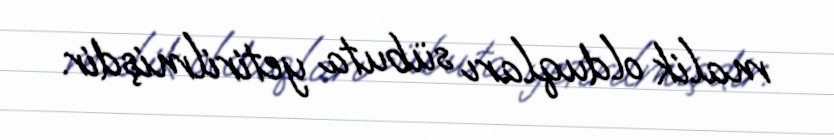
malik olduqları sübuta yetirilmişdir.